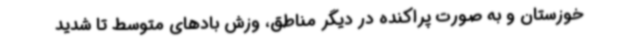
خوزستان و به صورت پراکنده در دیگر مناطق، وزش بادهای متوسط تا شدید